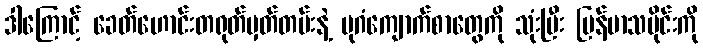
ဒါကြောင့် ခေတ်ဟောင်းတရုတ်မှတ်တမ်းနဲ့ ပုဂံကျောက်စာတွေကို သုံးပြီး မြန်မာသမိုင်းကို